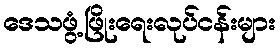
ဒေသဖွံ့ဖြိုးရေးလုပ်ငန်းများ